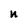
Character: n